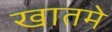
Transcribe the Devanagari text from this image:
खातमे